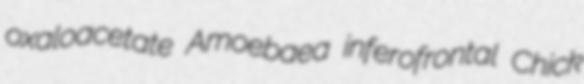
oxaloacetate Amoebaea inferofrontal Chick